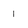
Character: 1